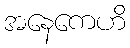
အနေကေဟိ